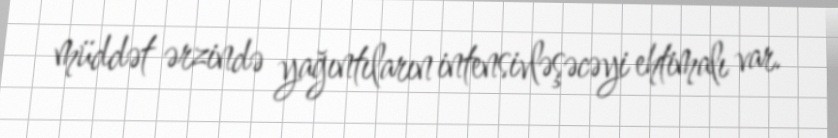
müddət ərzində yağıntıların intensivləşəcəyi ehtimalı var.